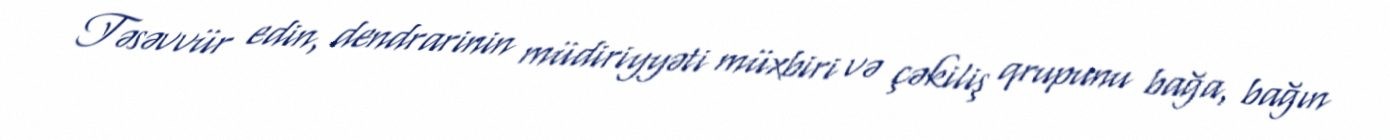
Təsəvvür edin, dendrarinin müdiriyyəti müxbiri və çəkiliş qrupunu bağa, bağın